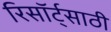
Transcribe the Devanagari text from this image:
रिसॉर्ट्‌साठी